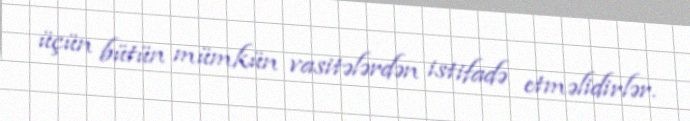
üçün bütün mümkün vasitələrdən istifadə etməlidirlər.